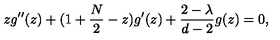
z g ^ { \prime \prime } ( z ) + ( 1 + \frac { N } { 2 } - z ) g ^ { \prime } ( z ) + \frac { 2 - \lambda } { d - 2 } g ( z ) = 0 ,